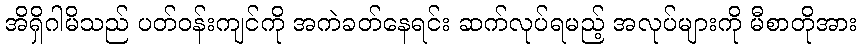
အိရှိဂါမိသည် ပတ်ဝန်းကျင်ကို အကဲခတ်နေရင်း ဆက်လုပ်ရမည့် အလုပ်များကို မီစာတိုအား